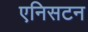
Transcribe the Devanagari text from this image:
एनिसटन